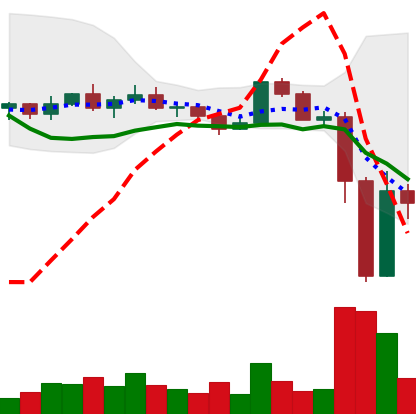
Ticker: XLM-USD
Chart end date: 2022-11-11
Forward return: -5.636%
Label: down_5_7